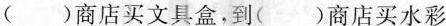
( )商店买文具盒，到( )商店买水彩